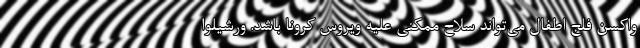
واکسنِ فلج اطفال می‌تواند سلاحِ ممکنی علیه ویروسِ کرونا باشد. ورشیلوا